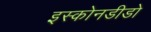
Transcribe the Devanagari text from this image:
इस्कोनडीडो